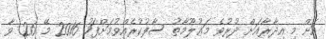
އަށް މި އިދާރާއަށް ދުރުވެ މަޢުލޫމާތު ސާފުކުރެއްވުމަށްފަހު 2016 މޭ 26 ވާ